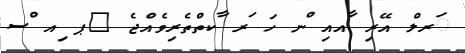
ަރލް އޭރި ާއއި ްނ ހަ ަރ ާކތްތެރިވެއްޖެ 	ޕ ިއ ްސ